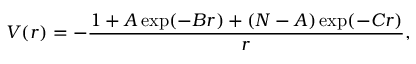
V ( r ) = - \frac { 1 + A \exp ( - B r ) + ( N - A ) \exp ( - C r ) } { r } ,